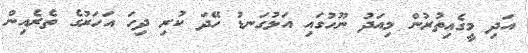
އަދި މީގެއިތުރުން މިއަދު ނޫހުގައި އަޅުގަނޑު ހޭދަ ކުރި ދިހަ އަހަރުގެ ތެރެއިން